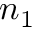
n _ { 1 }